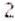
2